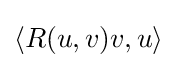
\langle R(u,v)v,u\rangle